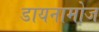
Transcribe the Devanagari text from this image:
डायनामोज